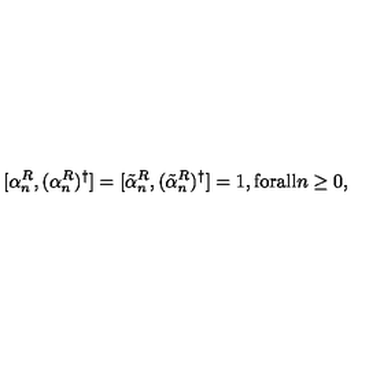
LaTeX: [ \alpha _ { n } ^ { R } , ( \alpha _ { n } ^ { R } ) ^ { \dag } ] = [ \tilde { \alpha } _ { n } ^ { R } , ( \tilde { \alpha } _ { n } ^ { R } ) ^ { \dag } ] = 1 , \mathrm { f o r a l l } n \geq 0 ,